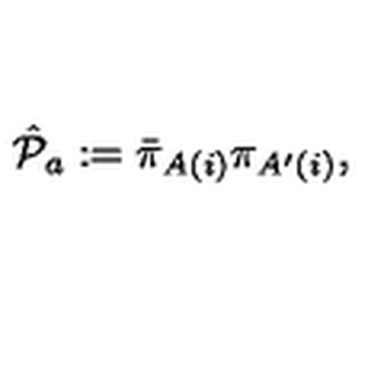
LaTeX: { \hat { \cal P } } _ { a } : = { \bar { \pi } } _ { A ( i ) } { \pi } _ { A ^ { \prime } ( i ) } ,